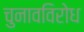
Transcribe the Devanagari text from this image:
चुनावविरोध